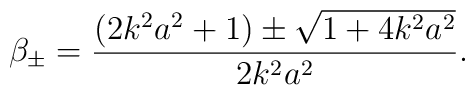
\beta_{\pm}= \frac{(2 k^2 a^2 + 1) \pm \sqrt{1 + 4 k^2 a^2}}{2 k^2 a^2}.